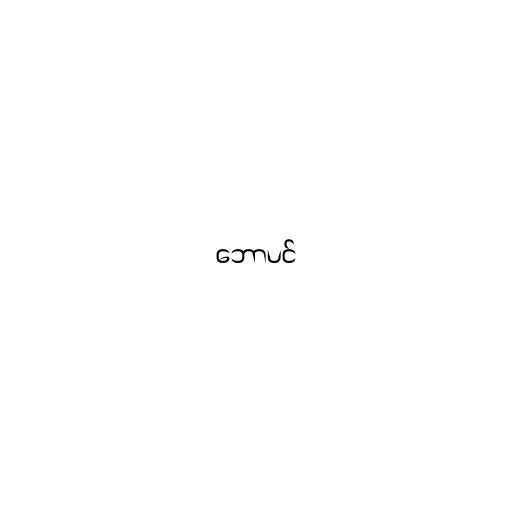
ဘောပင်